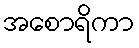
အစောရိကာ